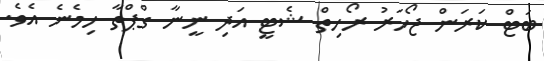
ބަޓް ކަރަން ޖޯހަރު ރޯހިތް ޝެޓީ އަދި ނީނާ ގްޕްތާ ހިމެނެ އެވެ.